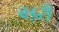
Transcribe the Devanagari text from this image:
बड़री